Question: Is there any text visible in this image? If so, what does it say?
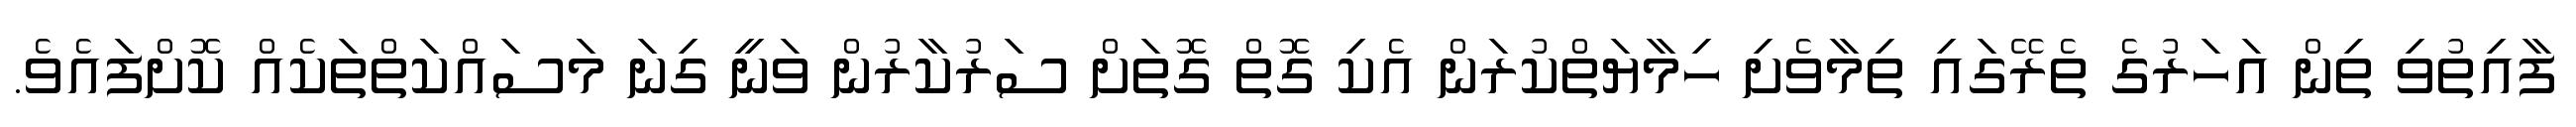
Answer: ފާއިތުވި ތިން އަހަރުގެ ތެރޭގައި ތިމާވެށި ހިމާޔަތްކުރަން އެކި ގޮތް ގޮތަށް ސަރުކާރުން ވަނީ ގިނަ މަސައްކަތްތަކެއް ކޮށްފައެވެ.